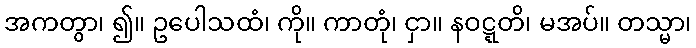
အကတွာ၊ ၍။ ဥပေါသထံ၊ ကို။ ကာတုံ၊ ငှာ။ နဝဋ္ဋတိ၊ မအပ်။ တသ္မာ၊